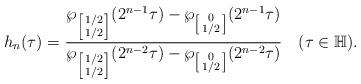
LaTeX: \begin{align*}h_n(\tau)=\frac{\wp_{\left[\begin{smallmatrix}1/2\\1/2\end{smallmatrix}\right]}(2^{n-1}\tau)-\wp_{\left[\begin{smallmatrix}0\\1/2\end{smallmatrix}\right]}(2^{n-1}\tau)}{\wp_{\left[\begin{smallmatrix}1/2\\1/2\end{smallmatrix}\right]}(2^{n-2}\tau)-\wp_{\left[\begin{smallmatrix}0\\1/2\end{smallmatrix}\right]}(2^{n-2}\tau)}\quad(\tau\in\mathbb{H}).\end{align*}